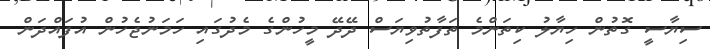
ސިޔާސީ ގޮތުން ހިޔާލު ކިތަންމެ ތަފާތުވިޔަސް ދޭދޭ މީހުންގެ މެދުގައި ހަމަނުޖެހުން އުފައްދަން